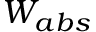
W _ { a b s }